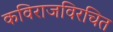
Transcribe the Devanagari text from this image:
कविराजविरचित